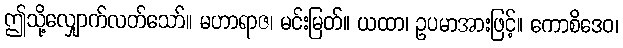
ဤသို့လျှောက်လတ်သော်။ မဟာရာဇ၊ မင်းမြတ်။ ယထာ၊ ဥပမာအားဖြင့်။ ကောစိဒေဝ၊